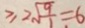
\geq 2 \sqrt { \frac { 9 } { 1 } } = 6